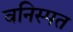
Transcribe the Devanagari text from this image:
वनिस्पत